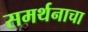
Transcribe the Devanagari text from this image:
समर्थनाचा